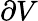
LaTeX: \partial V